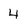
Character: 4